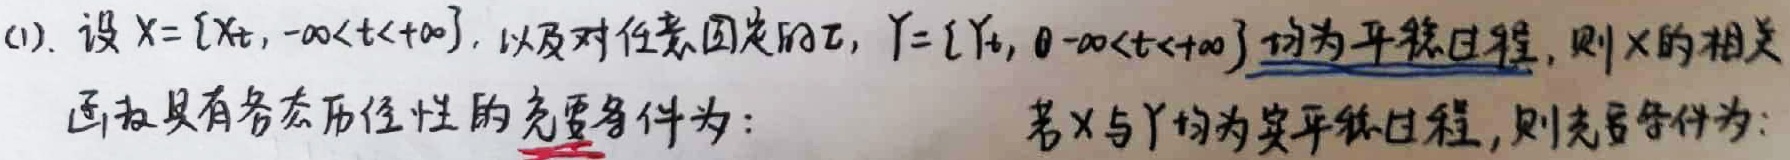
(1). 设$X = \{X_t, -\infty<t<+\infty\}$，以及对任意固定的$\tau$，$Y = \{Y_t, -\infty<t<+\infty\}$均为平稳过程，则$X$的相关函数具有各态历经性的充要条件为： 若$X$与$Y$均为实平稳过程，则充要条件为：